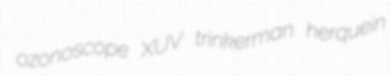
ozonoscope XUV trinkerman herquein